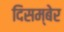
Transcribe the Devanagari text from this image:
दिसम्बेर